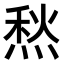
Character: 𤋦